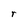
Character: r